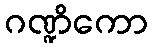
ဂဏ္ဍိကော